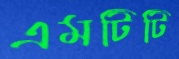
এমটিটি